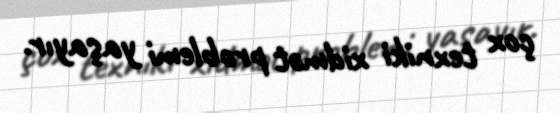
çox texniki xidmət problemi yaşayır.